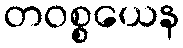
တဝစ္စယေန